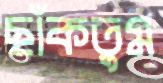
ছাঁকতুম